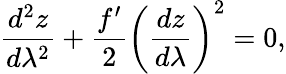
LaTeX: \frac{d^{2}z}{d\lambda^{2}}+\frac{f^{\prime}}{2}\left(\frac{dz}{d\lambda}\right)^{2}=0,